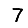
Digit: 7